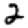
Digit: 2